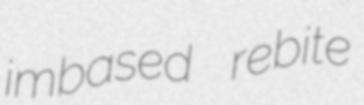
imbased rebite